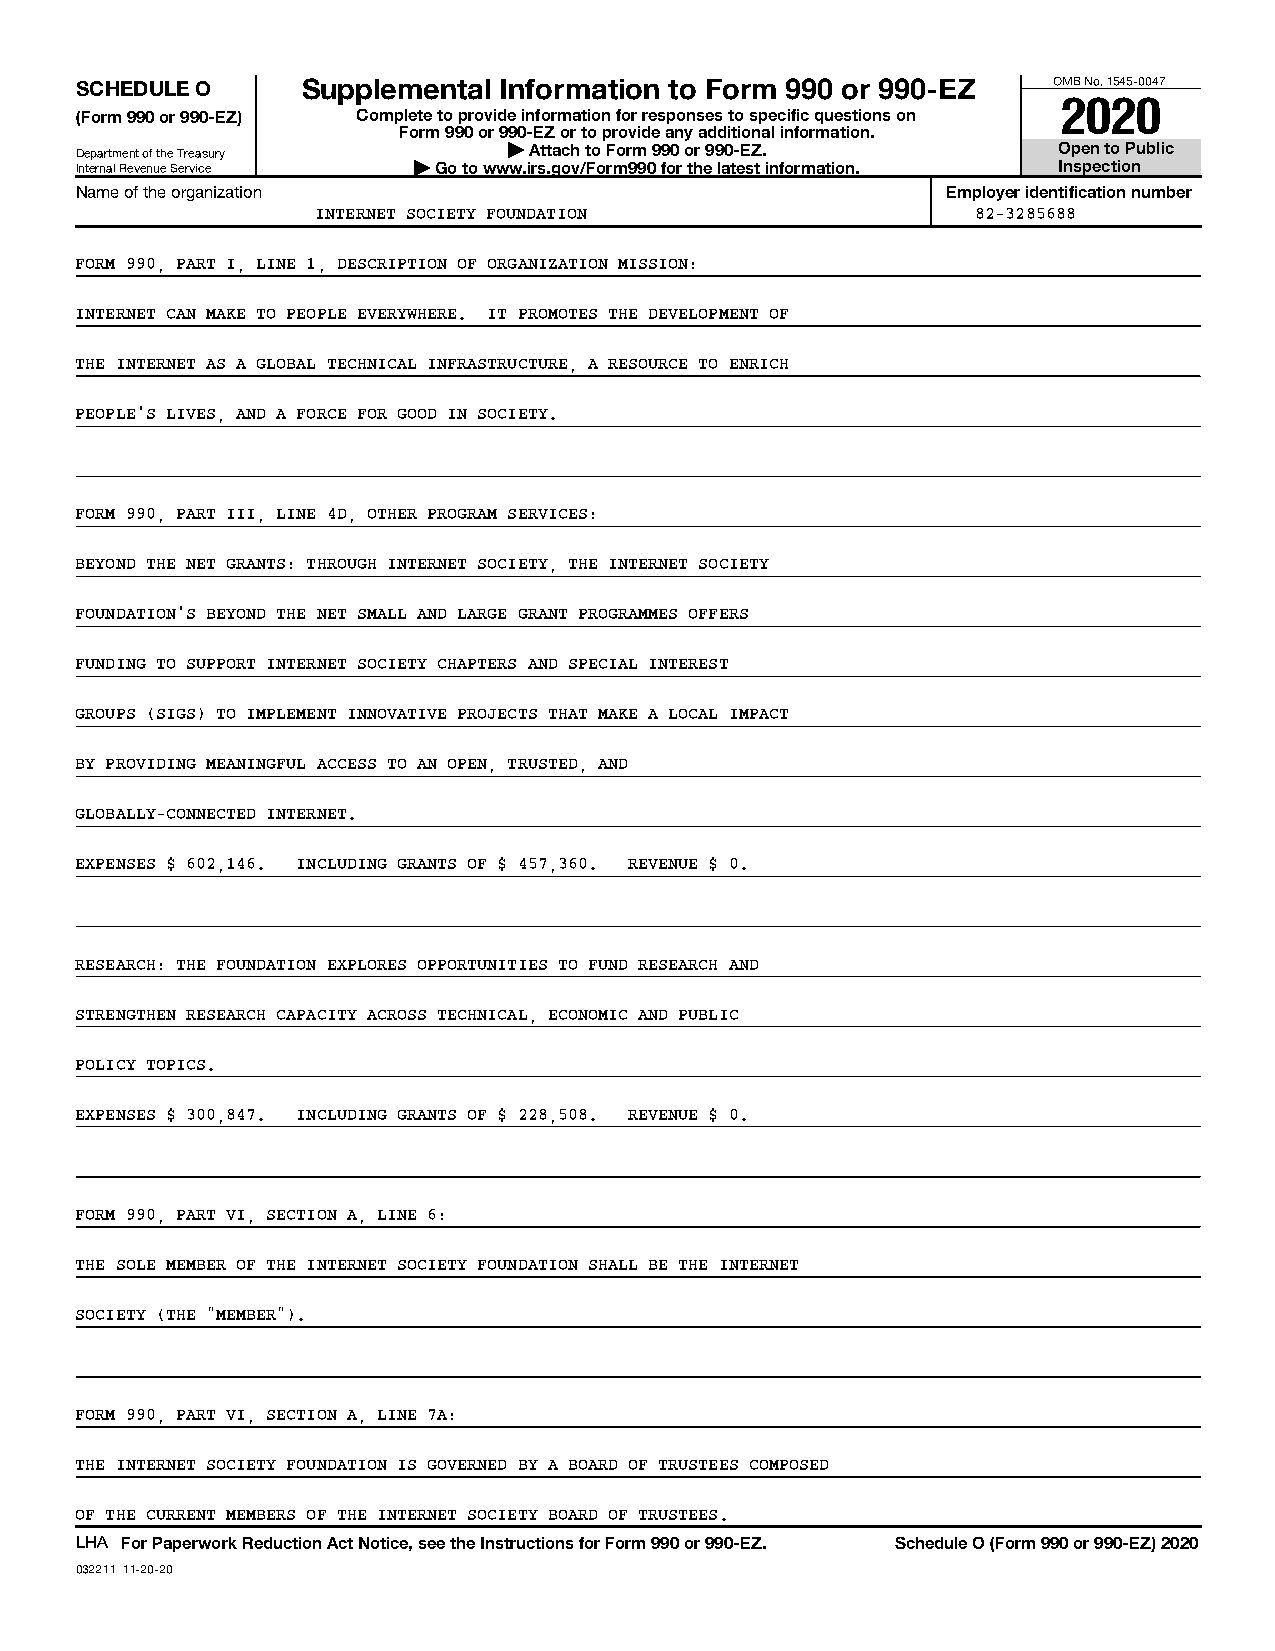
SCHEDULE O     Supplemental Information to Form 990 or 990-EZ    OMB No. 1545-0047
 2020
 (Form 990 or 990-EZ) Complete to provide information for responses to specific questions on
 Form 990 or 990-EZ or to provide any additional information.
 Department of the Treasury   | Attach to Form 990 or 990-EZ.     Open to Public
 Internal Revenue Service | Go to www.irs.gov/Form990 for the latest information. Inspection
 Name of the organization                                  Employer identification number
 INTERNET SOCIETY FOUNDATION                 82-3285688
 FORM 990, PART I, LINE 1, DESCRIPTION OF ORGANIZATION MISSION:
 INTERNET CAN MAKE TO PEOPLE EVERYWHERE. IT PROMOTES THE DEVELOPMENT OF
 THE INTERNET AS A GLOBAL TECHNICAL INFRASTRUCTURE, A RESOURCE TO ENRICH
 PEOPLE'S LIVES, AND A FORCE FOR GOOD IN SOCIETY.
 FORM 990, PART III, LINE 4D, OTHER PROGRAM SERVICES:
 BEYOND THE NET GRANTS: THROUGH INTERNET SOCIETY, THE INTERNET SOCIETY
 FOUNDATION'S BEYOND THE NET SMALL AND LARGE GRANT PROGRAMMES OFFERS
 FUNDING TO SUPPORT INTERNET SOCIETY CHAPTERS AND SPECIAL INTEREST
 GROUPS (SIGS) TO IMPLEMENT INNOVATIVE PROJECTS THAT MAKE A LOCAL IMPACT
 BY PROVIDING MEANINGFUL ACCESS TO AN OPEN, TRUSTED, AND
 GLOBALLY-CONNECTED INTERNET.
 EXPENSES $ 602,146. INCLUDING GRANTS OF $ 457,360. REVENUE $ 0.
 RESEARCH: THE FOUNDATION EXPLORES OPPORTUNITIES TO FUND RESEARCH AND
 STRENGTHEN RESEARCH CAPACITY ACROSS TECHNICAL, ECONOMIC AND PUBLIC
 POLICY TOPICS.
 EXPENSES $ 300,847. INCLUDING GRANTS OF $ 228,508. REVENUE $ 0.
 FORM 990, PART VI, SECTION A, LINE 6:
 THE SOLE MEMBER OF THE INTERNET SOCIETY FOUNDATION SHALL BE THE INTERNET
 SOCIETY (THE "MEMBER").
 FORM 990, PART VI, SECTION A, LINE 7A:
 THE INTERNET SOCIETY FOUNDATION IS GOVERNED BY A BOARD OF TRUSTEES COMPOSED
 OF THE CURRENT MEMBERS OF THE INTERNET SOCIETY BOARD OF TRUSTEES.
 LHA For Paperwork Reduction Act Notice, see the Instructions for Form 990 or 990-EZ. Schedule O (Form 990 or 990-EZ) 2020
 032211 11-20-20